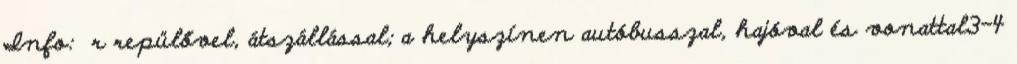
Info: r repülővel, átszállással; a helyszínen autóbusszal, hajóval és vonattal3-4